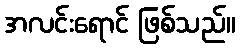
အလင်းရောင် ဖြစ်သည်။